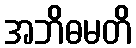
အဘိဓမတိ